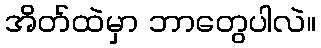
အိတ်ထဲမှာ ဘာတွေပါလဲ။